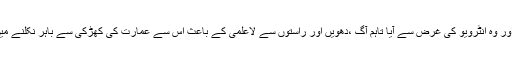
جاں بحق ہونے والے نوجوان کے بارے میں بتایا گیا ہے کہ اس کا نام اویس تھا اور وہ انٹرویو کی غرض سے آیا تاہم آگ ،دھویں اور راستوں سے لاعلمی کے باعث اس سے عمارت کی کھڑکی سے باہر نکلنے میں عافیت جاتی تاہم اس دوران اس کا توازن بگڑ گیا اور اس کے ہاتھ چھوٹ گئے۔